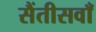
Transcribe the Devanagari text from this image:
सैंतीसवाँ